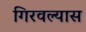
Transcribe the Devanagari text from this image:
गिरवल्यास